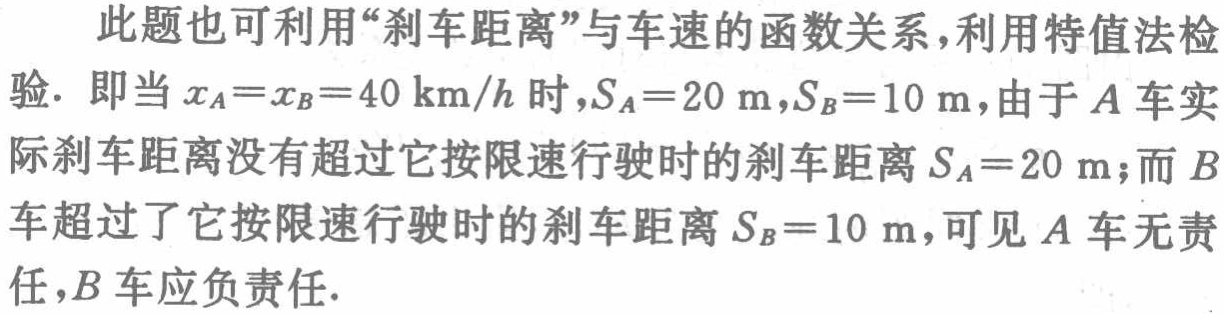
此题也可利用“刹车距离”与车速的函数关系,利用特值法检验. 即当 \(x_{A}=x_{B}=40\mathrm{km}/h\) 时,\(S_{A}=20\mathrm{m}\),\(S_{B}=10\mathrm{m}\),由于 \(A\) 车实际刹车距离没有超过它按限速行驶时的刹车距离 \(S_{A}=20\mathrm{m}\);而 \(B\) 车超过了它按限速行驶时的刹车距离 \(S_{B}=10\mathrm{m}\),可见 \(A\) 车无责任,\(B\) 车应负责任.